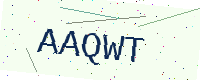
Text: AAQWT